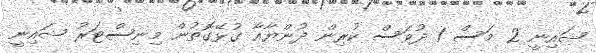
ޝައިނީ 2 މަސް 1 ދުވަސް ކުރިން ދުންޔާއާ ގުޅޭގޮތުން މިނިސްޓަރު ޝައިނީ